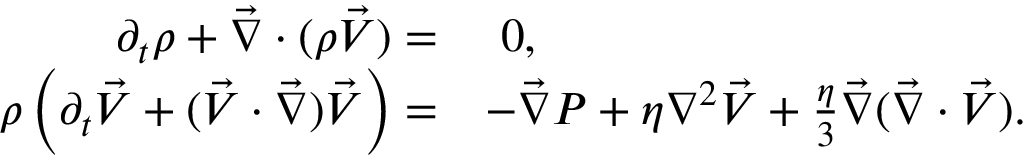
\begin{array} { r l } { \partial _ { t } \rho + \vec { \nabla } \cdot ( \rho \vec { V } ) = } & { \, \, 0 , } \\ { \rho \left( \partial _ { t } \vec { V } + ( \vec { V } \cdot \vec { \nabla } ) \vec { V } \right) = } & { - \vec { \nabla } P + \eta \nabla ^ { 2 } \vec { V } + \frac { \eta } { 3 } \vec { \nabla } ( \vec { \nabla } \cdot \vec { V } ) . } \end{array}